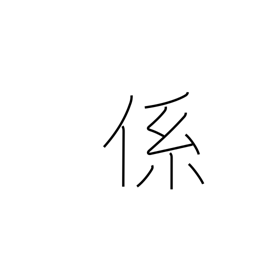
Meaning: connection